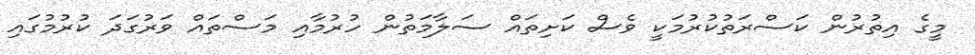
މީގެ އިތުރުން ކަސްރަތުކުރުމަކީ ވެސް ކަށިތައް ސަލާމަތުން ހުރުމާއި މަސްތައް ވަރުގަދަ ކުރުމުގައި